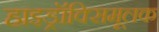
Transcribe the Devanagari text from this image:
हाइड्रॉक्सिमूलक